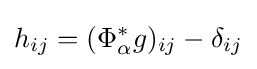
h_{ij}=(\Phi _{\alpha }^{\ast }g)_{ij}-\delta _{ij}